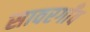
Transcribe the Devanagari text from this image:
सावरगाँव